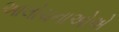
આલોચનાઓએ